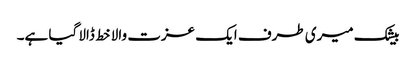
بیشک میری طرف ایک عزت والا خط ڈالا گیا ہے۔